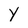
Character: Y